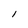
Character: I